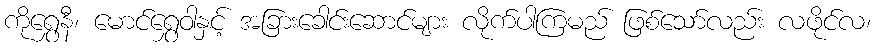
ကိုရွှေနီ၊ မောင်ရွှေဝါနှင့် အခြားခေါင်းဆောင်များ လိုက်ပါကြမည် ဖြစ်သော်လည်း လဖိုင်လ၊